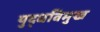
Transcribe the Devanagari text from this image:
युद्धविमुख